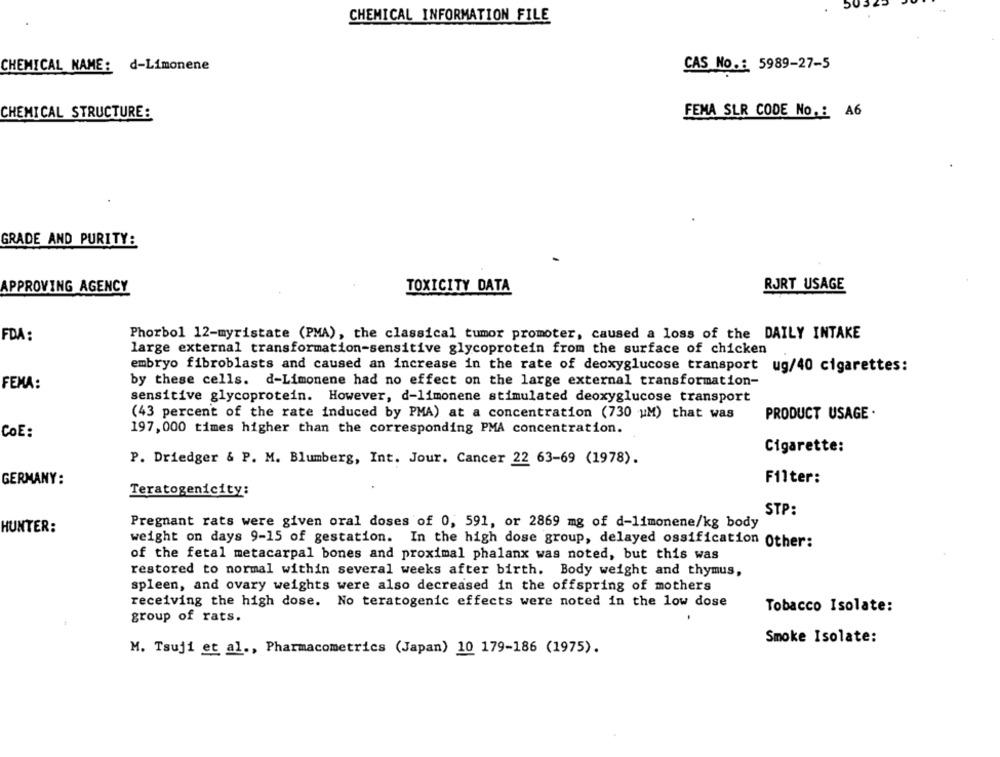
CHEMICAL INFORMATION FILE
CHEMICAL NAME: d-Limonene
CAS No .: 5989-27-5
CHEMICAL STRUCTURE:
FEMA SLR CODE No .: A6
GRADE AND PURITY:
RJRT USAGE
APPROVING AGENCY
TOXICITY DATA
FDA :
Phorbol 12-myristate (PMA), the classical tumor promoter, caused a loss of the DAILY INTAKE
large external transformation-sensitive glycoprotein from the surface of chicken
embryo fibroblasts and caused an increase in the rate of deoxyglucose transport ug/40 cigarettes:
FEMA:
by these cells. d-Limonene had no effect on the large external transformation-
sensitive glycoprotein. However, d-limonene stimulated deoxyglucose transport
(43 percent of the rate induced by PMA) at a concentration (730 uM) that was
PRODUCT USAGE .
197,000 times higher than the corresponding PMA concentration.
COE:
Cigarette:
P. Driedger & P. M. Blumberg, Int. Jour. Cancer 22 63-69 (1978).
GERMANY:
Filter:
Teratogenicity:
STP:
HUNTER:
Pregnant rats were given oral doses of 0, 591, or 2869 mg of d-limonene/kg body
weight on days 9-15 of gestation. In the high dose group, delayed ossification Other:
of the fetal metacarpal bones and proximal phalanx was noted, but this was
restored to normal within several weeks after birth. Body weight and thymus,
spleen, and ovary weights were also decreased in the offspring of mothers
receiving the high dose. No teratogenic effects were noted in the low dose
Tobacco Isolate:
group of rats.
Smoke Isolate:
M. Tsuji et al ., Pharmacometrics (Japan) 10 179-186 (1975).